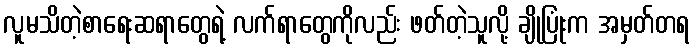
လူမသိတဲ့စာရေးဆရာတွေရဲ့ လက်ရာတွေကိုလည်း ဖတ်တဲ့သူလို့ ချိုပြုံးက အမှတ်တရ